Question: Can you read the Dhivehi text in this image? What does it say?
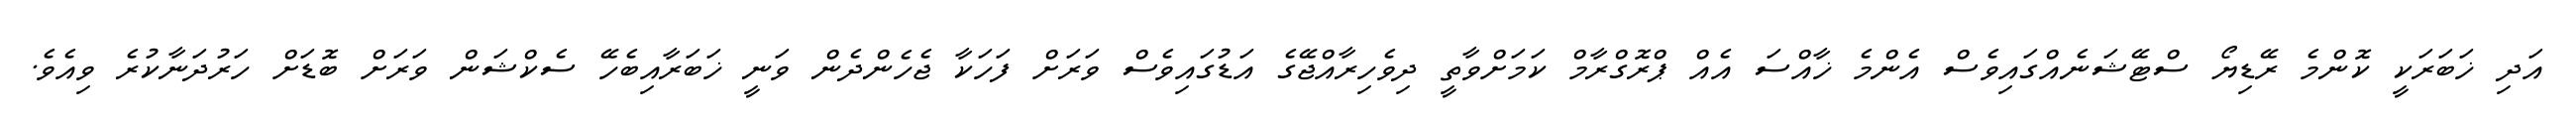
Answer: އަދި ޚަބަރަކީ ކޮންމެ ރޭޑިޔޯ ސްޓޭޝަނެއްގައިވެސް އެންމެ ޚާއްސަ އެއް ޕްރޮގްރާމް ކަމަށްވާތީ ދިވެހިރާއްޖޭގެ އަޑުގައިވެސް ވަރަށް ފަހަކާ ޖެހެންދެން ވަނީ ޚަބަރާއިބެހޭ ސެކްޝަން ވަރަށް ބޮޑަށް ހަރުދަނާކުރެ ވިއެވެ.